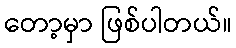
တော့မှာ ဖြစ်ပါတယ်။